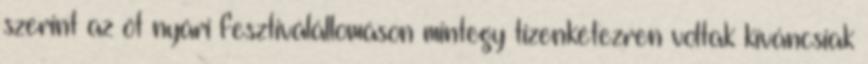
szerint az öt nyári fesztiválállomáson mintegy tizenkétezren voltak kíváncsiak